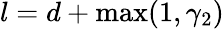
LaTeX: l=d+\operatorname*{max}(1,\gamma_{2})